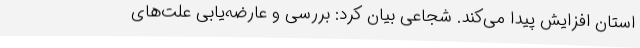
استان افزایش پیدا می‌کند. شجاعی بیان کرد: بررسی و عارضه‌یابی علت‌های